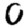
Digit: 0